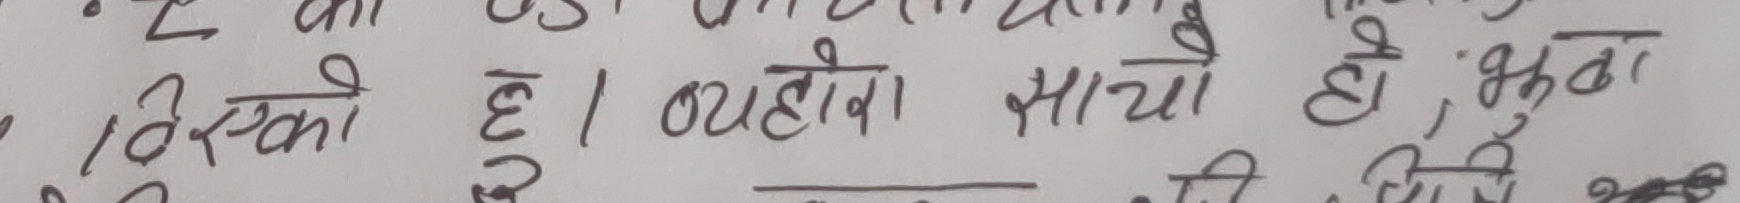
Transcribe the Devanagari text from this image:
• यस्को हो। व्यहोरा साँचो हो, भुठो